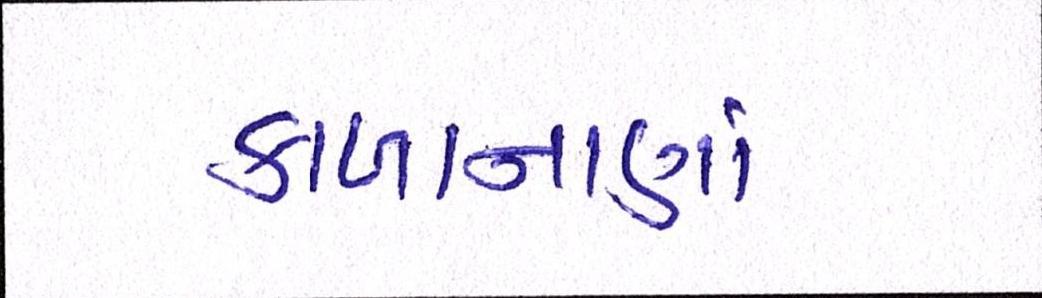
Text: કાળાનાણાં